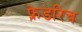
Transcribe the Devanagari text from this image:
फ़्रेडरिच